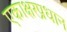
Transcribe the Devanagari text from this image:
एकाक्षरप्रधान